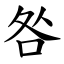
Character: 咎